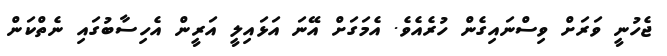
ޖެހުނީ ވަރަށް ވިސްނައިގެން ހުރެއެވެ. އެމަގަށް އޭނަ އަޅައިލީ އަރީން އެހިސާބުގައި ނެތްކަން